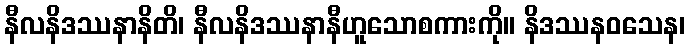
နီလနိဒဿနာနိတိ၊ နီလနိဒဿနာနီဟူသောစကားကို။ နိဒဿနဝသေန၊